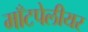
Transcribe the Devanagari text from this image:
माँटपेलीयर